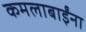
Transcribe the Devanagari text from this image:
कमलाबाईंना